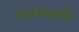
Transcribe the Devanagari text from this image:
भाषाकवि